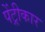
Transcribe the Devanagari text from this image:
पेंट्रीकार